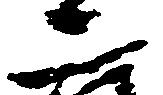
二